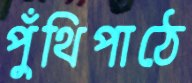
পুঁথিপাঠে